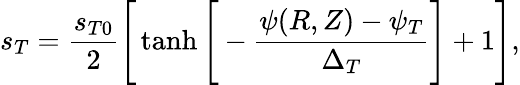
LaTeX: s_{T}=\frac{s_{T0}}{2}\Bigg[\operatorname{tanh}\Bigg[-\frac{\psi(R,Z)-\psi_{T}}{\Delta_{T}}\Bigg]+1\Bigg],